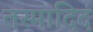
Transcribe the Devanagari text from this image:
तस्मादिदं